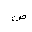
Letter: _sad